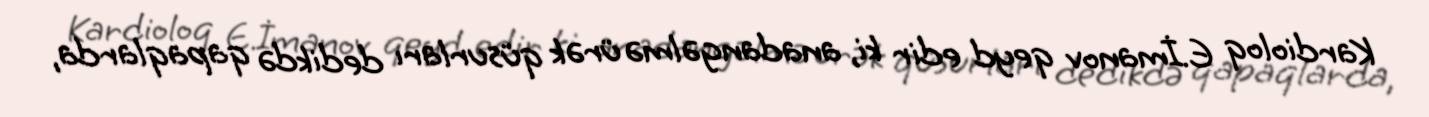
Kardioloq E.İmanov qeyd edir ki, anadangəlmə ürək qüsurları dedikdə qapaqlarda,